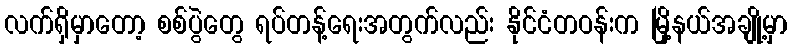
လက်ရှိမှာတော့ စစ်ပွဲတွေ ရပ်တန့်ရေးအတွက်လည်း နိုင်ငံတဝန်းက မြို့နယ်အချို့မှာ